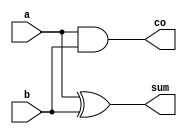
`timescale 1 ns / 1 ps

module half_adder(
    input a,
    input b,
    output sum,
    output co
);

assign sum = a ^ b;
assign co = a & b;

endmodule